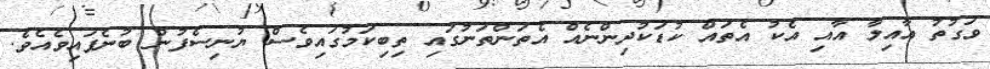
ވަގުތު އާއިލާ އާއި އެކު އެތައް ކުޑަކުދިންނެއް އެތަންތަނުގައި ތިބިކަމުގައިވެސް ޔުނިސެފުން ބުނެފައިވެއެވެ.